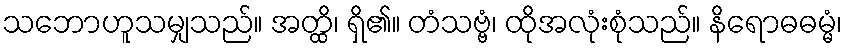
သဘောဟူသမျှသည်။ အတ္ထိ၊ ရှိ၏။ တံသဗ္ဗံ၊ ထိုအလုံးစုံသည်။ နိရောဓဓမ္မံ၊